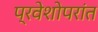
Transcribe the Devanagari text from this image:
प्रवेशोपरांत